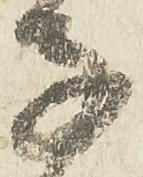
子